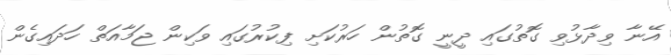
އޭނާ ވިދާޅުވި ގޮތުގައި ދީނީ ގޮތުން ހަރުކަށި ފިކުރުގައި ވަކިން ޖަމާއަތް ހަދައިގެން